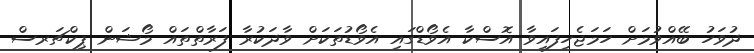
ދުވަހު ބޭއްވުމަށް ހަމަޖެހިފައިވާ އޮސްކާ އެވޯޑްގައި އެވޯޑުތަކަށް ވާދަކުރާ ފަރާތްތައް މޯޝަން ޕިކްޗަރސް